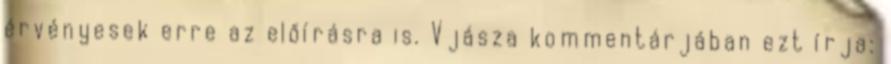
érvényesek erre az előírásra is. Vjásza kommentárjában ezt írja: